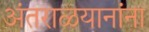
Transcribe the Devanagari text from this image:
अंतराळयानांना